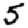
Digit: 5